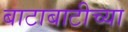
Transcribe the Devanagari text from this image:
बाटाबाटीच्या